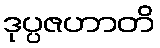
ဒုပ္ပဇဟာတိ